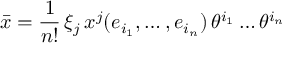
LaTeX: \bar { x } = \frac { 1 } { n ! } \, \xi _ { j } \, x ^ { j } ( e _ { i _ { 1 } } , \dots , e _ { i _ { n } } ) \, \theta ^ { i _ { 1 } } \dots \theta ^ { i _ { n } }